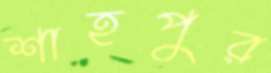
শাহপুর